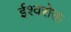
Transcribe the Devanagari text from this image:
ईश्वरोक्त